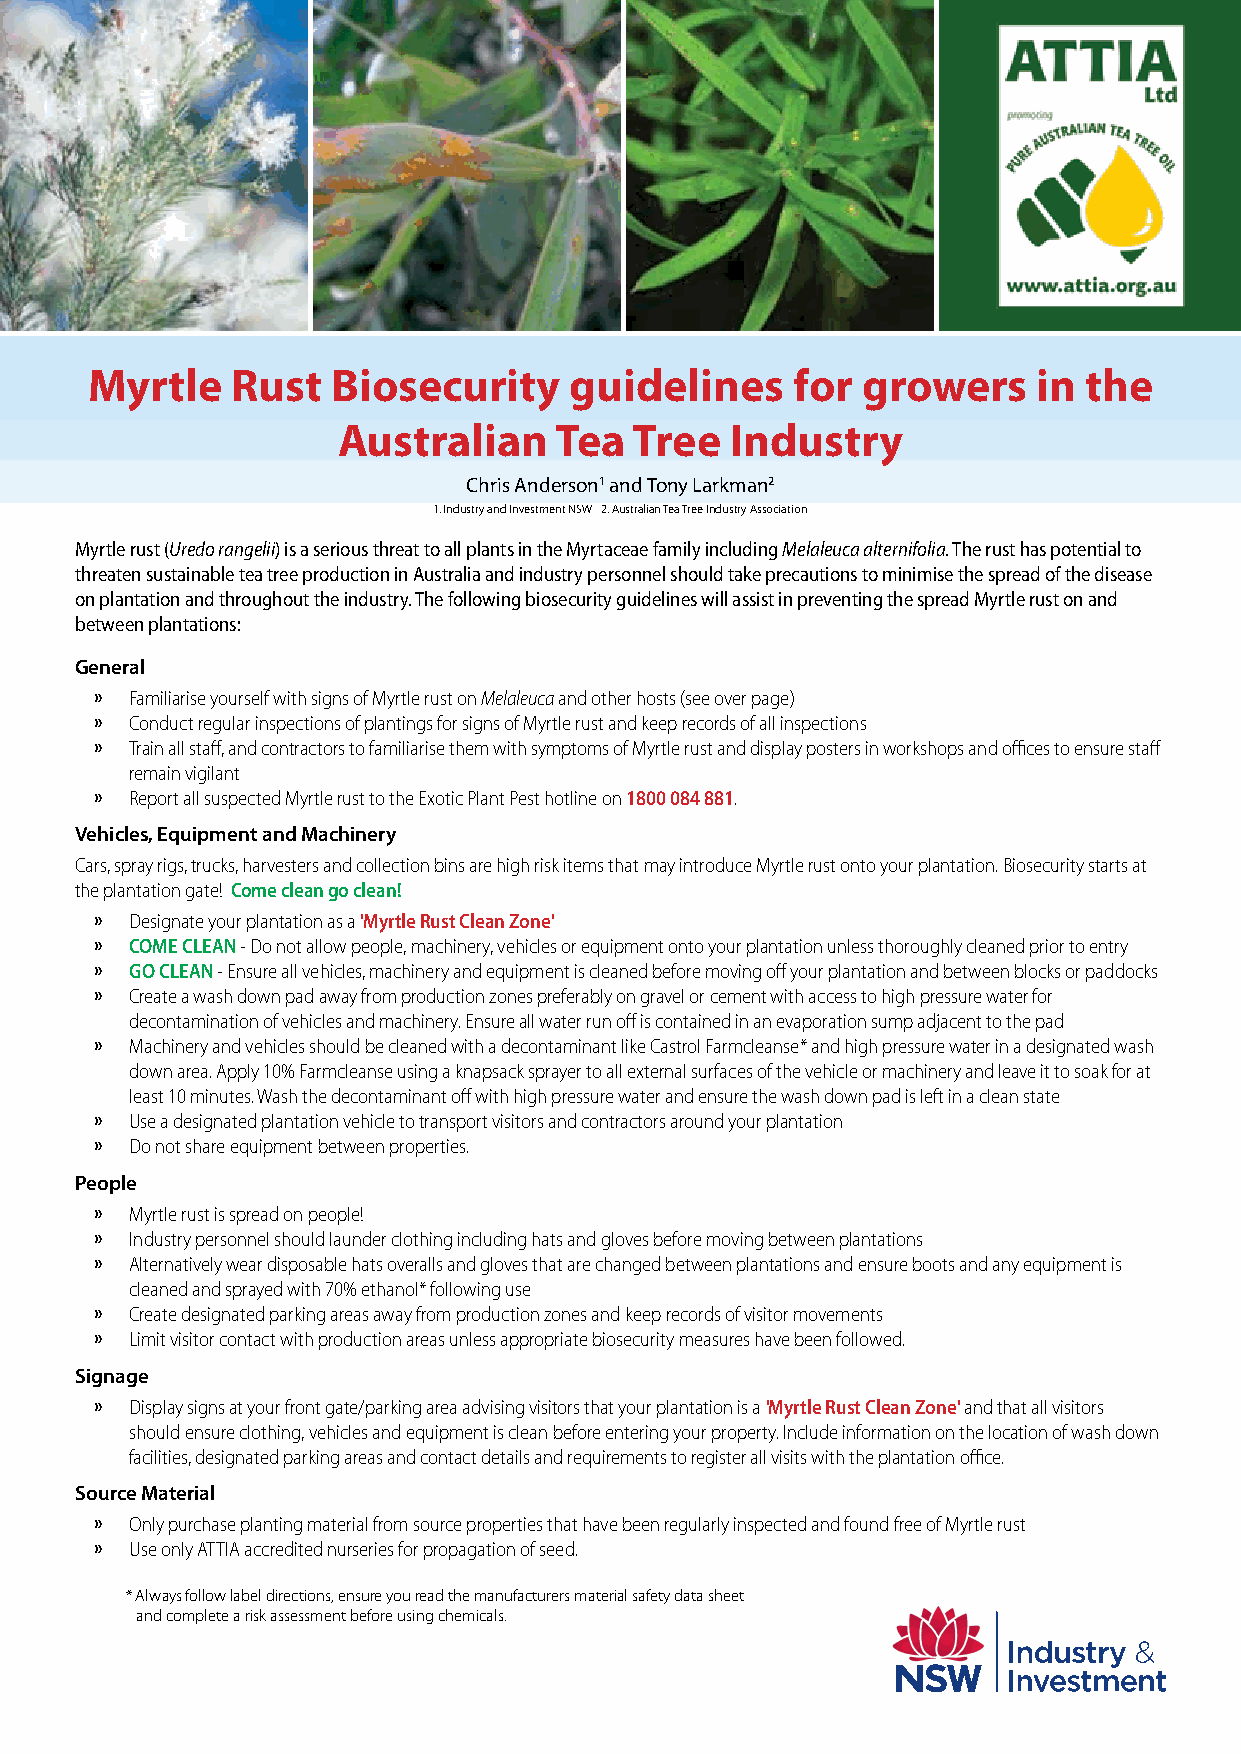
Myrtle   Rust   Biosecurity     guidelines    for  growers     in the
 Australian     Tea  Tree  Industry
 Chris Anderson1 and Tony Larkman2
 1. Industry and Investment NSW 2. Australian Tea Tree Industry Association
 Myrtle rust (Uredo rangelii) is a serious threat to all plants in the Myrtaceae family including Melaleuca alternifolia. The rust has potential to
 threaten sustainable tea tree production in Australia and industry personnel should take precautions to minimise the spread of the disease
 on plantation and throughout the industry. The following biosecurity guidelines will assist in preventing the spread Myrtle rust on and
 between plantations:
 General
 »  Familiarise yourself with signs of Myrtle rust on Melaleuca and other hosts (see over page)
 »  Conduct regular inspections of plantings for signs of Myrtle rust and keep records of all inspections
 »  Train all staff, and contractors to familiarise them with symptoms of Myrtle rust and display posters in workshops and offices to ensure staff
 remain vigilant
 »  Report all suspected Myrtle rust to the Exotic Plant Pest hotline on 1800 084 881.
 Vehicles, Equipment and Machinery
 Cars, spray rigs, trucks, harvesters and collection bins are high risk items that may introduce Myrtle rust onto your plantation. Biosecurity starts at
 the plantation gate! Come clean go clean!
 »  Designate your plantation as a 'Myrtle Rust Clean Zone'
 »  COME CLEAN - Do not allow people, machinery, vehicles or equipment onto your plantation unless thoroughly cleaned prior to entry
 »  GO CLEAN - Ensure all vehicles, machinery and equipment is cleaned before moving off your plantation and between blocks or paddocks
 »  Create a wash down pad away from production zones preferably on gravel or cement with access to high pressure water for
 decontamination of vehicles and machinery. Ensure all water run off is contained in an evaporation sump adjacent to the pad
 »  Machinery and vehicles should be cleaned with a decontaminant like Castrol Farmcleanse* and high pressure water in a designated wash
 down area. Apply 10% Farmcleanse using a knapsack sprayer to all external surfaces of the vehicle or machinery and leave it to soak for at
 least 10 minutes. Wash the decontaminant off with high pressure water and ensure the wash down pad is left in a clean state
 »  Use a designated plantation vehicle to transport visitors and contractors around your plantation
 »  Do not share equipment between properties.
 People
 »  Myrtle rust is spread on people!
 »  Industry personnel should launder clothing including hats and gloves before moving between plantations
 »  Alternatively wear disposable hats overalls and gloves that are changed between plantations and ensure boots and any equipment is
 cleaned and sprayed with 70% ethanol* following use
 »  Create designated parking areas away from production zones and keep records of visitor movements
 »  Limit visitor contact with production areas unless appropriate biosecurity measures have been followed.
 Signage
 »  Display signs at your front gate/parking area advising visitors that your plantation is a 'Myrtle Rust Clean Zone' and that all visitors
 should ensure clothing, vehicles and equipment is clean before entering your property. Include information on the location of wash down
 facilities, designated parking areas and contact details and requirements to register all visits with the plantation office.
 Source Material
 »  Only purchase planting material from source properties that have been regularly inspected and found free of Myrtle rust
 »  Use only ATTIA accredited nurseries for propagation of seed.
 * Always follow label directions, ensure you read the manufacturers material safety data sheet
 and complete a risk assessment before using chemicals.